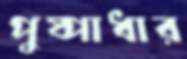
পুষ্পাধার